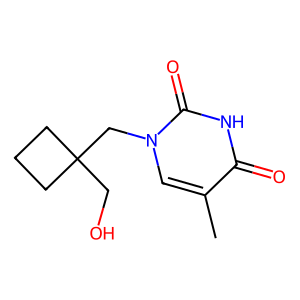
SMILES: Cc1cn(CC2(CO)CCC2)c(=O)[nH]c1=O
Inhibits HIV replication: No